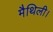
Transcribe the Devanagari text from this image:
मैथिली।